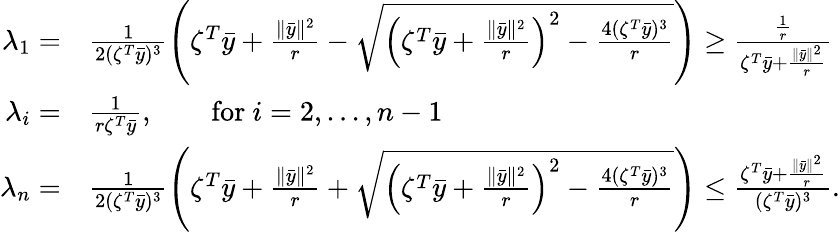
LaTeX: \begin{array}{rl}{\lambda_{1}=}&{\frac{1}{2(\zeta^{T}\bar{y})^{3}}\left(\zeta^{T}\bar{y}+\frac{\| \bar{y}\| ^{2}}{r}-\sqrt{\left(\zeta^{T}\bar{y}+\frac{\| \bar{y}\| ^{2}}{r}\right)^{2}-\frac{4(\zeta^{T}\bar{y})^{3}}{r}}\right)\geq\frac{\frac{1}{r}}{\zeta^{T}\bar{y}+\frac{\| \bar{y}\| ^{2}}{r}}}\\ {\lambda_{i}=}&{\frac{1}{r\zeta^{T}\bar{y}},\qquad\mathrm{for~}i=2,...,n-1}\\ {\lambda_{n}=}&{\frac{1}{2(\zeta^{T}\bar{y})^{3}}\left(\zeta^{T}\bar{y}+\frac{\| \bar{y}\| ^{2}}{r}+\sqrt{\left(\zeta^{T}\bar{y}+\frac{\| \bar{y}\| ^{2}}{r}\right)^{2}-\frac{4(\zeta^{T}\bar{y})^{3}}{r}}\right)\leq\frac{\zeta^{T}\bar{y}+\frac{\| \bar{y}\| ^{2}}{r}}{(\zeta^{T}\bar{y})^{3}}.}\end{array}